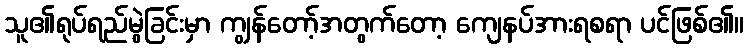
သူ၏ရုပ်ရည်မွဲခြင်းမှာ ကျွန်တော့်အတွက်တော့ ကျေနပ်အားရစရာ ပင်ဖြစ်၏။